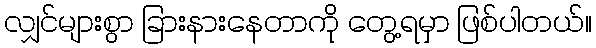
လျှင်များစွာ ခြားနားနေတာကို တွေ့ရမှာ ဖြစ်ပါတယ်။